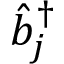
\hat { b } _ { j } ^ { \dagger }